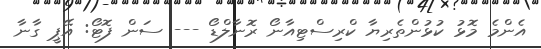
އެންމެ މޮޅު ކުޅުންތެރިޔާ ކްރިސްޓިއާނޯ ރޮނާލްޑޯ --- ސަން ފޮޓޯ: އޭޕީ ގާނާ